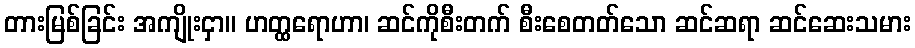
တားမြစ်ခြင်း အကျိုးငှာ။ ဟတ္ထရောဟာ၊ ဆင်ကိုစီးတက် စီးစေတတ်သော ဆင်ဆရာ ဆင်ဆေးသမား